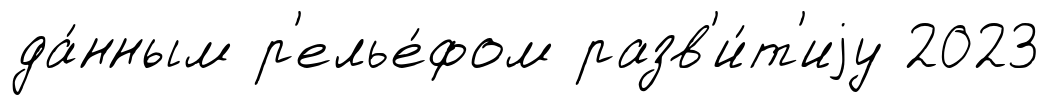
да́нным р'елье́фом разв'и́т'иjу 2023